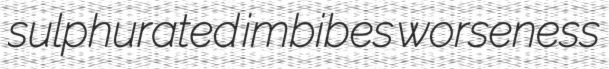
sulphurated imbibes worseness